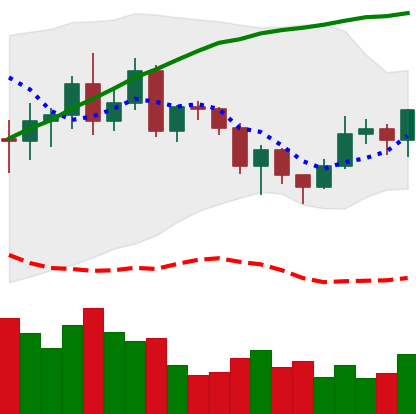
Ticker: NEO-USD
Chart end date: 2020-12-16
Forward return: -7.031%
Label: down_7plus